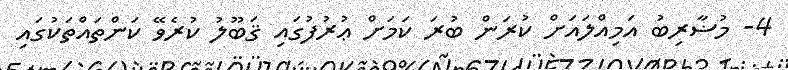
4- މުޟާރިބު އަމިއްލައަށް ކުރަން ބުރަ ކަމަށް ޢުރުފުގައި ޤަބޫލު ކުރެވޭ ކަންތައްތަކުގައި